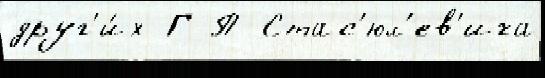
друг'и́х Г П Стас'юл'ев'ича